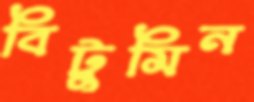
বিটুমিন